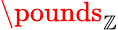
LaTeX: \pounds_{\mathbb{Z}}